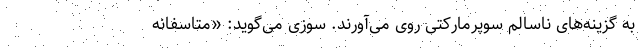
به گزینه‌های ناسالم سوپرمارکتی روی می‌آورند. سوزی می‌گوید: «متاسفانه